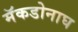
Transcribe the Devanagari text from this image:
मॅकडोनाघ